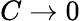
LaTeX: C\rightarrow 0